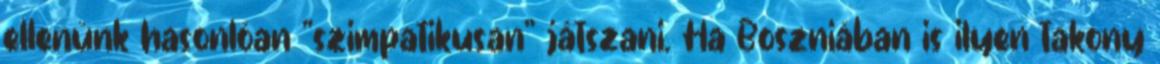
ellenünk hasonlóan "szimpatikusan" játszani. Ha Boszniában is ilyen takony